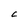
Character: C